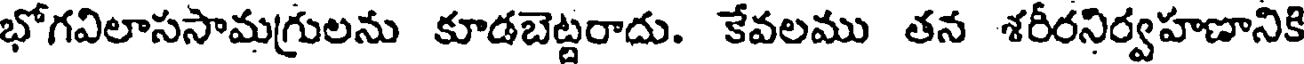
భోగవిలాససామగ్రులను కూడబెట్టరాదు. కేవలము తన శరీరనిర్వహణానికి